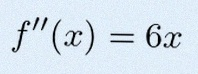
f''(x)=6x